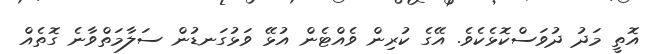
އޮތީ މަދު ދުވަސްކޮޅެކެވެ. އޭގެ ކުރިން ވެއްޓެން އުޅޭ ވަޅުގަނޑުން ސަލާމަތްވާނެ ގޮތެއް